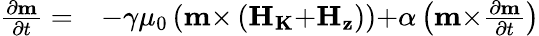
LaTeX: \begin{array}{ll}{\frac{{\partial}{\mathbf{m}}}{{\partial}t}=}&{-\gamma{\mu}_{0}\left({\mathbf{m}}{\times}\left({\mathbf{{H}}}_{\mathbf{{K}}}{+}{\mathbf{{H}}}_{\mathbf{{z}}}\right)\right){+}\alpha\left({\mathbf{m}}{\times}\frac{{\partial}{\mathbf{m}}}{{\partial}t}\right)}\end{array}